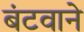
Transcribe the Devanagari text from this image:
बंटवाने